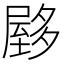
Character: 𰎃